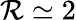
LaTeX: \mathcal{R}\simeq 2